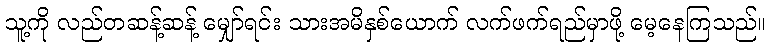
သူ့ကို လည်တဆန့်ဆန့် မျှော်ရင်း သားအမိနှစ်ယောက် လက်ဖက်ရည်မှာဖို့ မေ့နေကြသည်။